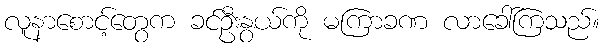
လူနာစောင့်တွေက ခင်ဦးနွယ်ကို မကြာခဏ လာခေါ်ကြသည်။